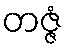
တဇ္ဇံ